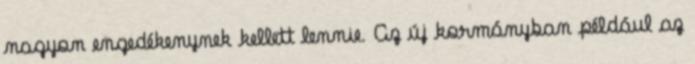
nagyon engedékenynek kellett lennie. Az új kormányban például az